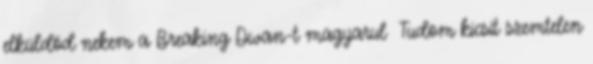
elküldöd nekem a Breaking Dwan-t magyarul Tudom kicsit szemtelen